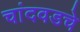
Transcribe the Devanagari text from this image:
चांदवडचे